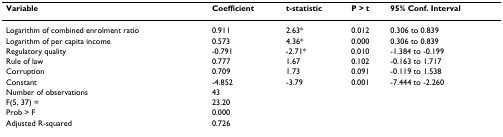
| Variable | Coefficient | t-statistic | P > t | 95% Conf. Interval |
 | --- | --- | --- | --- | --- |
 | Logarithm of combined enrolment ratio | 0.911 | 2.63* | 0.012 | 0.306 to 0.839 |
 | Logarithm of per capita income | 0.573 | 4.36* | 0.000 | 0.306 to 0.839 |
 | Regulatory quality | -0.791 | -2.71* | 0.010 | -1.384 to -0.199 |
 | Rule of law | 0.777 | 1.67 | 0.102 | -0.163 to 1.717 |
 | Corruption | 0.709 | 1.73 | 0.091 | -0.119 to 1.538 |
 | Constant | -4.852 | -3.79 | 0.001 | -7.444 to -2.260 |
 | Number of observations | <COLSPAN=4> 43 |
 | F(5, 37) = | <COLSPAN=4> 23.20 |
 | Prob > F | <COLSPAN=4> 0.000 |
 | Adjusted R-squared | <COLSPAN=4> 0.726 |